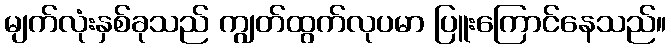
မျက်လုံးနှစ်ခုသည် ကျွတ်ထွက်လုပမာ ပြူးကြောင်နေသည်။